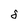
Character: 5